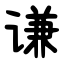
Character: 谦